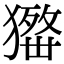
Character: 𤢋